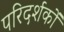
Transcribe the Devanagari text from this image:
परिदर्शकों